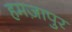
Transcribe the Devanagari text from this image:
हमज़ापुर